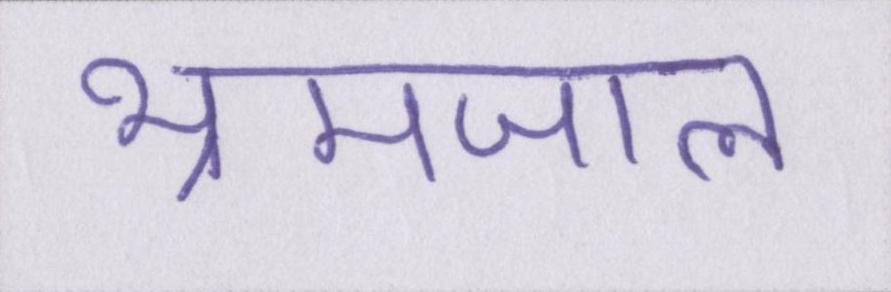
भ्रमजाल